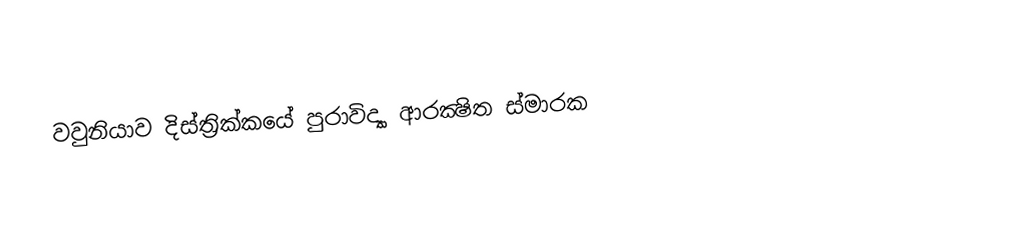
වවුනියාව දිස්ත්‍රික්කයේ පුරාවිද්‍යා ආරක්‍ෂිත ස්මාරක